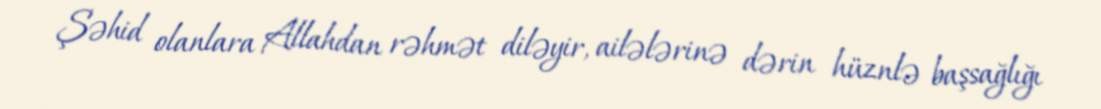
Şəhid olanlara Allahdan rəhmət diləyir, ailələrinə dərin hüznlə başsağlığı